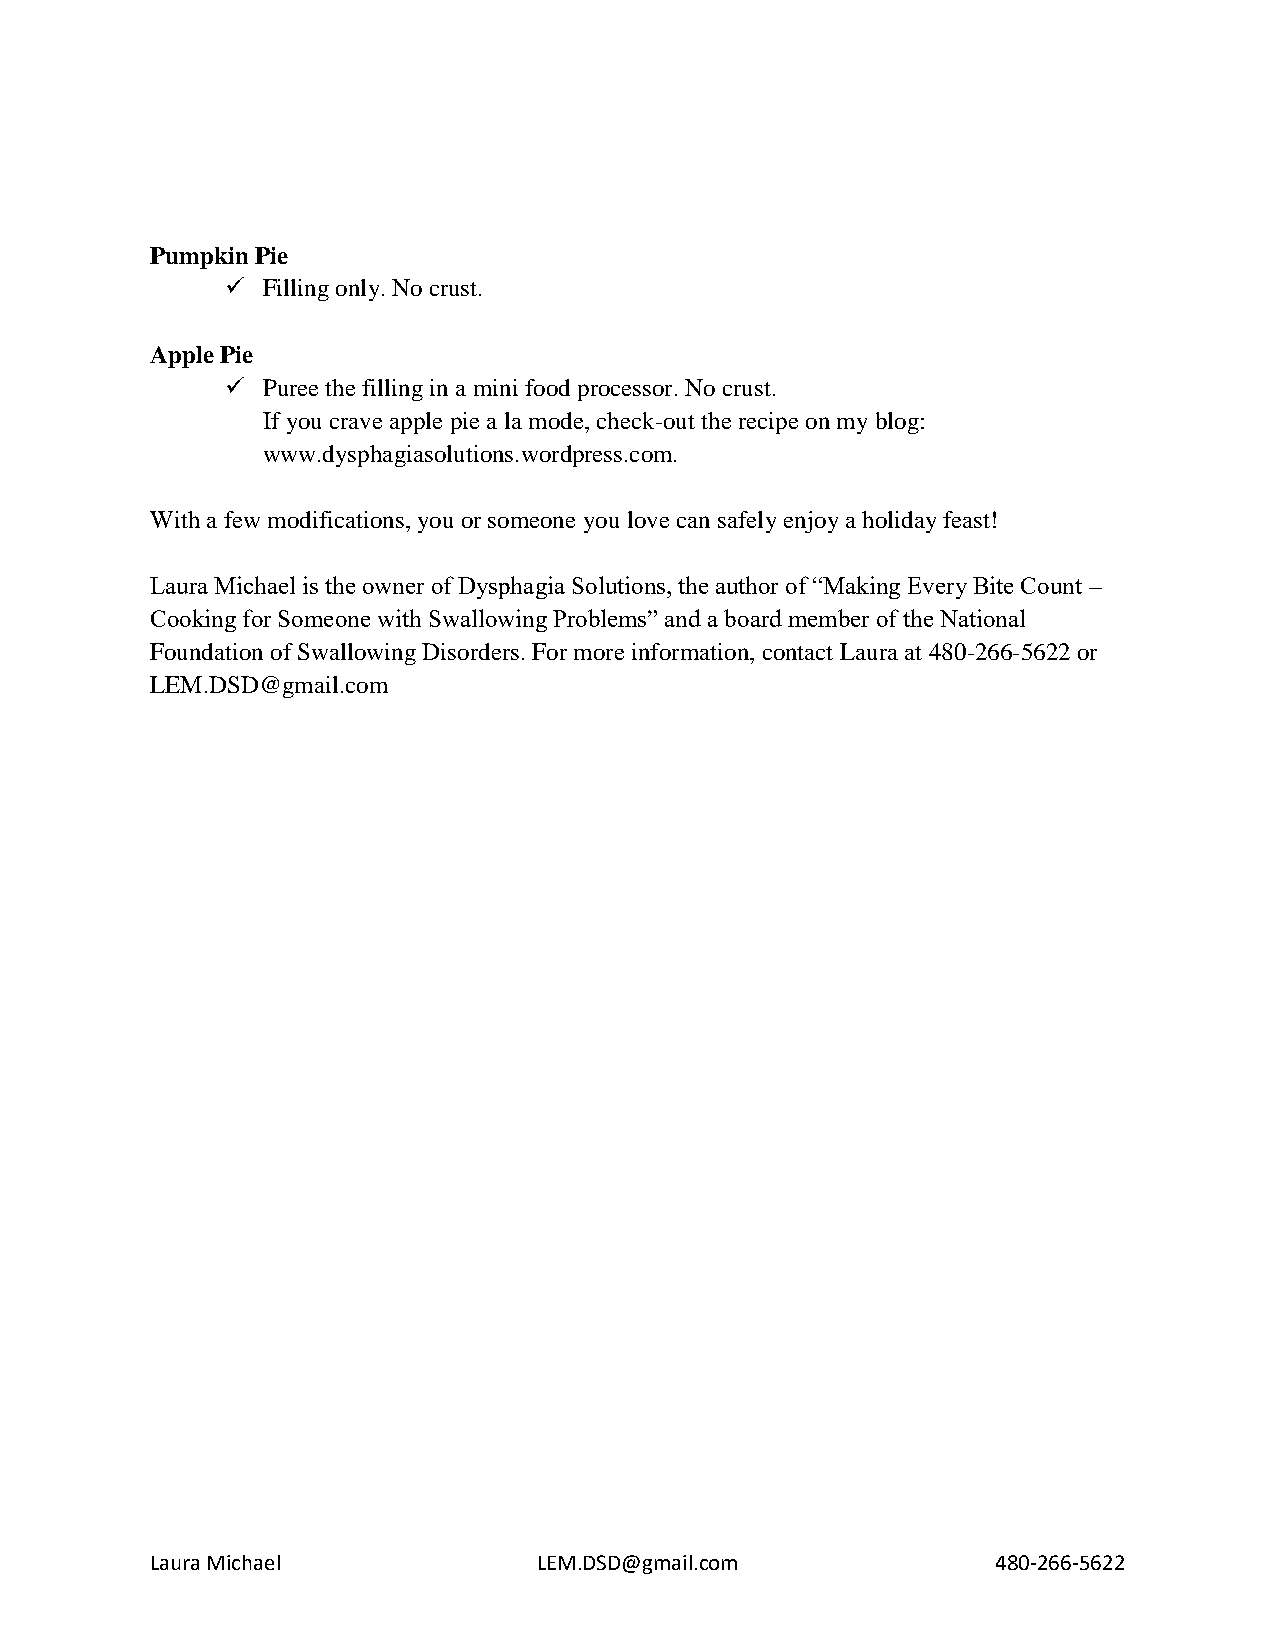
Pumpkin Pie
  Filling only. No crust.
 Apple Pie
  Puree the filling in a mini food processor. No crust.
 If you crave apple pie a la mode, check-out the recipe on my blog:
 www.dysphagiasolutions.wordpress.com.
 With a few modifications, you or someone you love can safely enjoy a holiday feast!
 Laura Michael is the owner of Dysphagia Solutions, the author of “Making Every Bite Count –
 Cooking for Someone with Swallowing Problems” and a board member of the National
 Foundation of Swallowing Disorders. For more information, contact Laura at 480-266-5622 or
 LEM.DSD@gmail.com
 Laura Michael             LEM.DSD@gmail.com             480-266-5622